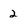
Character: 2